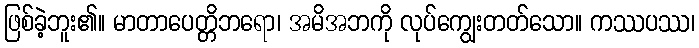
ဖြစ်ခဲ့ဘူး၏။ မာတာပေတ္တိဘရော၊ အမိအဘကို လုပ်ကျွေးတတ်သော။ ကဿပဿ၊